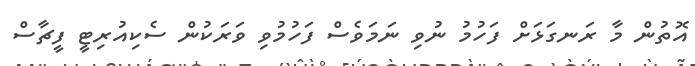
އޮތުން މާ ރަނގަޅަށް ފަހުމު ނުވި ނަމަވެސް ފަހުމުވި ވަރަކުން ސެކިއުރިޓީ ފީޗާސް